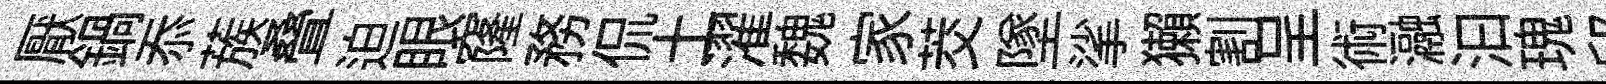
厭鍋忝蔟叠迫眼窿務侃土濯魏家茭墜挲獺割呈術瀜汩瑰邱